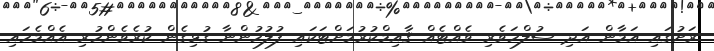
ރަށުގައި އަމާން އަދި ސުލްހަވެރި ވެއްޓެއް ޤާއިމްކުރުމަށްޓަކައި ފުލުހުންނާ ގުޅިގެން ކުރެވެންހުރި އެއްމެހައި